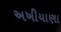
અખીયાણા